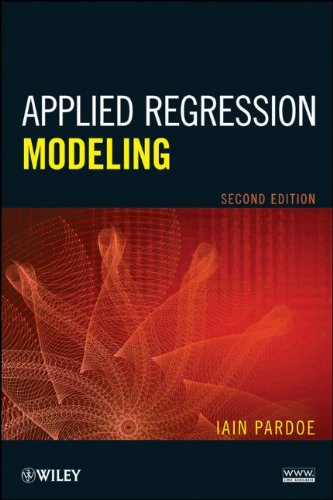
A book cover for Applied Regression Modeling; Iain Pardoe; Business & Money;